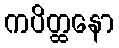
ကပိတ္ထနော